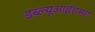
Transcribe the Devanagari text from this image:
डब्ल्यूआईएसए